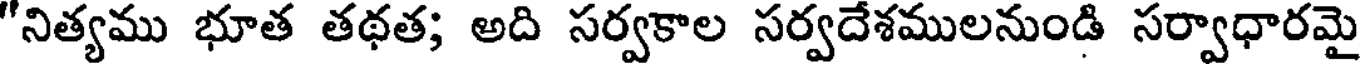
"నిత్యము భూత తథత; అది సర్వకాల సర్వదేశములనుండి సర్వాధారమై